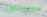
سيريدون